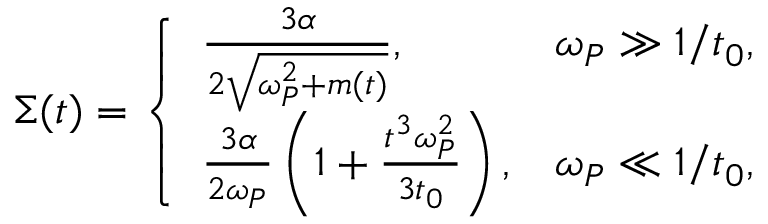
\begin{array} { r } { \Sigma ( t ) = \left\{ \begin{array} { l r } { \frac { { 3 } \alpha } { { 2 } \sqrt { \omega _ { P } ^ { 2 } + m ( t ) } } , } & { \omega _ { P } \gg 1 / t _ { 0 } , } \\ { \frac { { 3 } \alpha } { { 2 } \omega _ { P } } \left( 1 + \frac { t ^ { 3 } \omega _ { P } ^ { 2 } } { 3 t _ { 0 } } \right) , } & { \omega _ { P } \ll 1 / t _ { 0 } , } \end{array} \right. } \end{array}